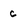
Character: c